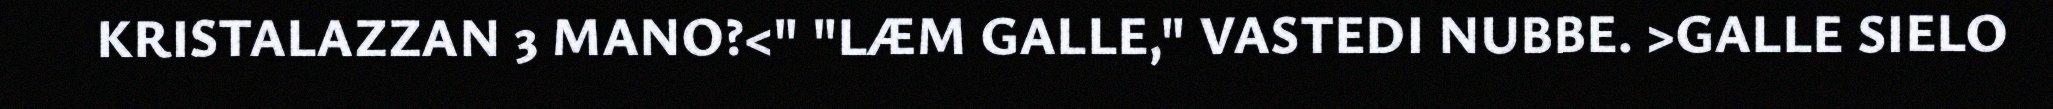
KRISTALAZZAN 3 MANO?<" "LÆM GALLE," VASTEDI NUBBE. >GALLE SIELO